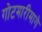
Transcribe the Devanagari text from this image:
गोटमारीमागे